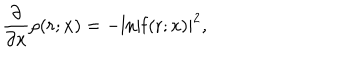
\frac { \partial } { \partial x } \rho ( r ; x ) = - \mathrm { l n } | f ( r ; x ) | ^ { 2 } ,